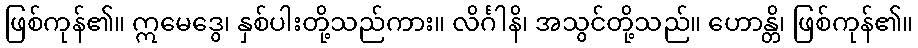
ဖြစ်ကုန်၏။ ဣမေဒွေ၊ နှစ်ပါးတို့သည်ကား။ လိင်္ဂါနိ၊ အသွင်တို့သည်။ ဟောန္တိ၊ ဖြစ်ကုန်၏။